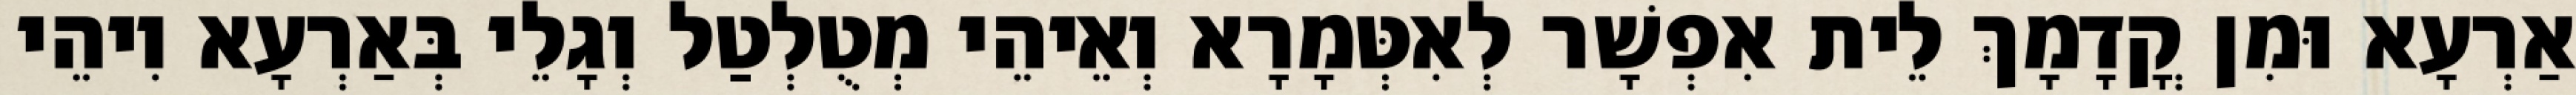
אַרְעָא וּמִן קֳדָמָךְ לֵית אִפְשָׁר לְאִטְּמָרָא וְאֵיהֵי מְטֻלְטַל וְגָלֵי בְּאַרְעָא וִיהֵי